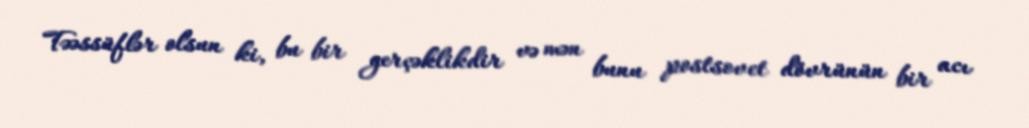
Təəssüflər olsun ki, bu bir gerçəklikdir və mən bunu postsovet dövrünün bir acı